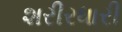
શરીરધારી